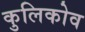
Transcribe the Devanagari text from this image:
कुलिकोव